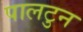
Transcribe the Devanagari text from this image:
पालटुन